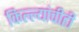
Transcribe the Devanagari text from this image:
किल्ल्यांचीही